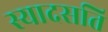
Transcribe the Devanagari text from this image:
स्यादसति